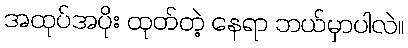
အထုပ်အပိုး ထုတ်တဲ့ နေရာ ဘယ်မှာပါလဲ။